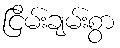
ငြိမ်းချမ်းစွာ